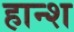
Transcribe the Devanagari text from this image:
हान्श